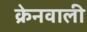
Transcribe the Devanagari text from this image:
क्रेनवाली